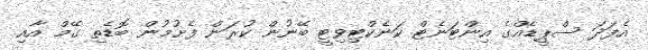
އެފަދަ ސްޕީޑެއްގެ އިންޓަނެޓް ކަނެކްޓިވިޓީ ބޭނުން ކުރަން ފެށުމުން ބޮޑެތި ގޭމް އާއި